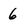
Character: 6